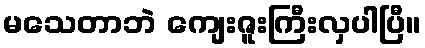
မသေတာဘဲ ကျေးဇူးကြီးလှပါပြီ။